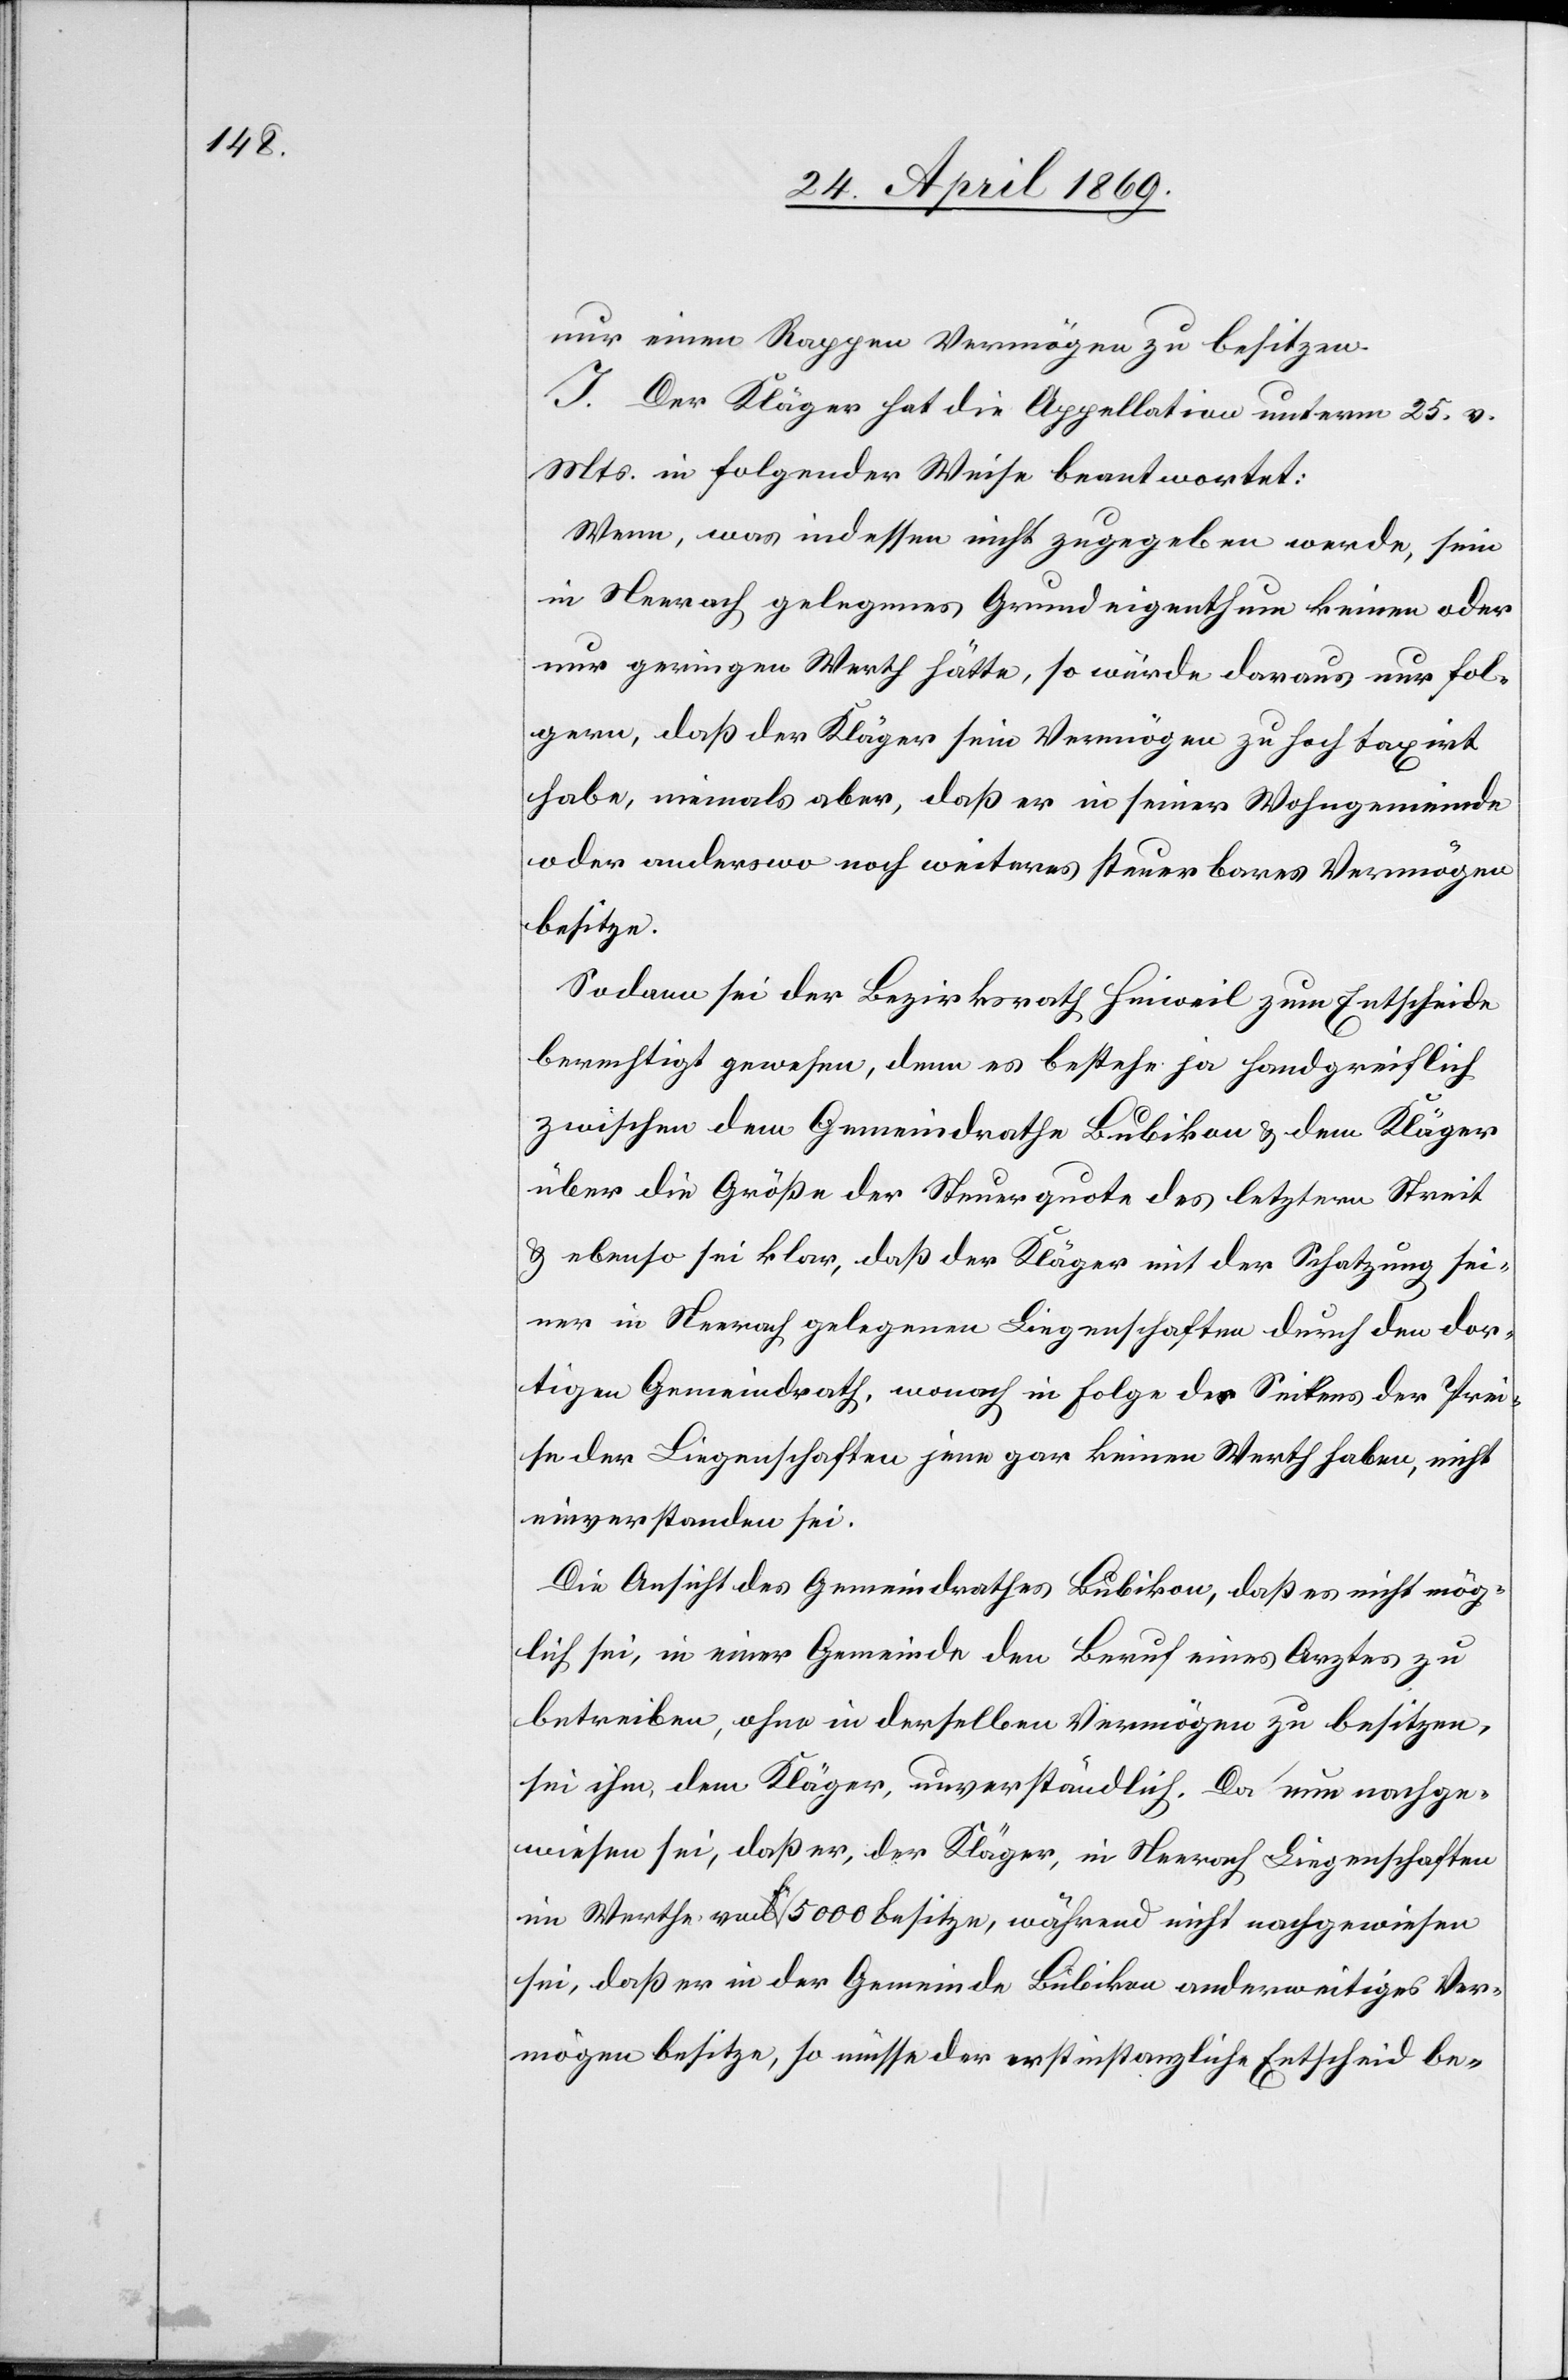
nur einen Rappen Vermögen zu besitzen.
J. Der Kläger hat die Appellation unterm 25. v.
Mts. in folgender Weise beantwortet:
Wenn, was indessen nicht zugegeben werde, sein
in Neerach gelegenes Grundeigenthum keinen oder
nur geringen Werth hätte, so würde daraus nur fol¬
gern, daß der Kläger sein Vermögen zu hoch taxirt
habe, niemals aber, daß er in seiner Wohngemeinde
oder anderswo noch weiteres steuerbares Vermögen
besitze.
Sodann sei der Bezirksrath Hinweil zum Entscheide
berechtigt gewesen, denn es bestehe ja handgreiflich
zwischen dem Gemeindrathe Bubikon u. dem Kläger
über die Größe der Steuerquote des letztern Streit
u. ebenso sei klar, daß der Kläger mit der Schatzung sei¬
ner in Neerach gelegenen Liegenschaften durch den dor¬
tigen Gemeindrath, wonach in Folge des Sinkens der Prei¬
se der Liegenschaften jene gar keinen Werth haben, nicht
einverstanden sei.
Die Ansicht des Gemeindrathes Bubikon, daß es nicht mög¬
lich sei, in einer Gemeinde den Beruf eines Arztes zu
betreiben, ohne in derselben Vermögen zu besitzen,
sei ihm, dem Kläger, unverständlich. Da nun nachge¬
wiesen sei, daß er, der Kläger, in Neerach Liegenschaften
im Werthe von Fr. 5000 besitze, während nicht nachgewiesen
sei, daß er in der Gemeinde Bubikon anderweitiges Ver¬
mögen besitze, so müsse der erstinstanzliche Entscheid be-